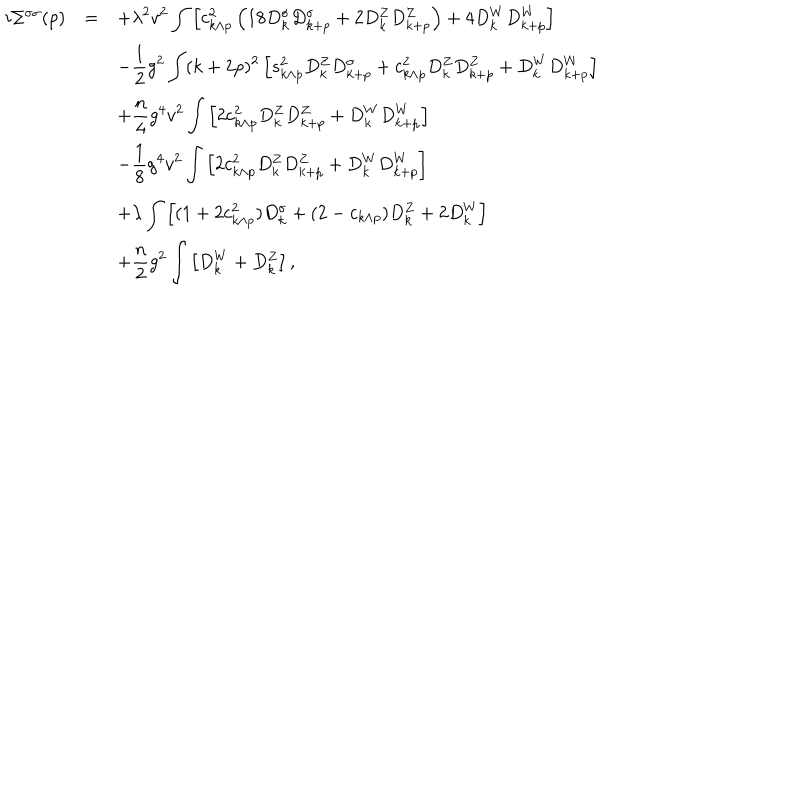
\begin{array} { r c l } { { i \Sigma ^ { \sigma \sigma } ( p ) } } & { { = } } & { { \displaystyle + \lambda ^ { 2 } v ^ { 2 } \int \left[ c _ { k \wedge p } ^ { 2 } \left( 1 8 D _ { k } ^ { \sigma } D _ { k + p } ^ { \sigma } + 2 D _ { k } ^ { Z } D _ { k + p } ^ { Z } \right) + 4 D _ { k } ^ { W } D _ { k + p } ^ { W } \right] } } \\ { { } } & { { } } & { { \displaystyle - \frac { 1 } { 2 } g ^ { 2 } \int ( k + 2 p ) ^ { 2 } \left[ s _ { k \wedge p } ^ { 2 } D _ { k } ^ { Z } D _ { k + p } ^ { \sigma } + c _ { k \wedge p } ^ { 2 } D _ { k } ^ { Z } D _ { k + p } ^ { Z } + D _ { k } ^ { W } D _ { k + p } ^ { W } \right] } } \\ { { } } & { { } } & { { \displaystyle + \frac { n } { 4 } g ^ { 4 } v ^ { 2 } \int \left[ 2 c _ { k \wedge p } ^ { 2 } D _ { k } ^ { Z } D _ { k + p } ^ { Z } + D _ { k } ^ { W } D _ { k + p } ^ { W } \right] } } \\ { { } } & { { } } & { { \displaystyle - \frac { 1 } { 8 } g ^ { 4 } v ^ { 2 } \int \left[ 2 c _ { k \wedge p } ^ { 2 } D _ { k } ^ { Z } D _ { k + p } ^ { Z } + D _ { k } ^ { W } D _ { k + p } ^ { W } \right] } } \\ { { } } & { { } } & { { \displaystyle + \lambda \int \left[ ( 1 + 2 c _ { k \wedge p } ^ { 2 } ) D _ { k } ^ { \sigma } + ( 2 - c _ { k \wedge p } ) D _ { k } ^ { Z } + 2 D _ { k } ^ { W } \right] } } \\ { { } } & { { } } & { { \displaystyle + \frac { n } { 2 } g ^ { 2 } \int \left[ D _ { k } ^ { W } + D _ { k } ^ { Z } \right] , } } \\ \end{array}